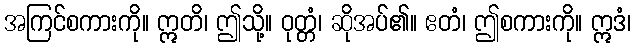
အကြင်စကားကို။ ဣတိ၊ ဤသို့။ ဝုတ္တံ၊ ဆိုအပ်၏။ ဧတံ၊ ဤစကားကို။ ဣဒံ၊